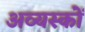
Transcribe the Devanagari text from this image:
अव्यस्कों